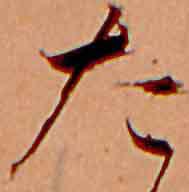
た